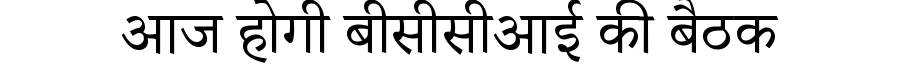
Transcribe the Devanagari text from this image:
आज होगी बीसीसीआई की बैठक